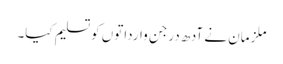
ملزمان نے آدھ درجن وارداتوں کوتسلیم کیا۔